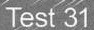
Test 31